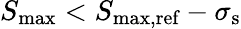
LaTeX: S_{\textrm{max}}<S_{\textrm{max,ref}}-\sigma_{\textrm{s}}